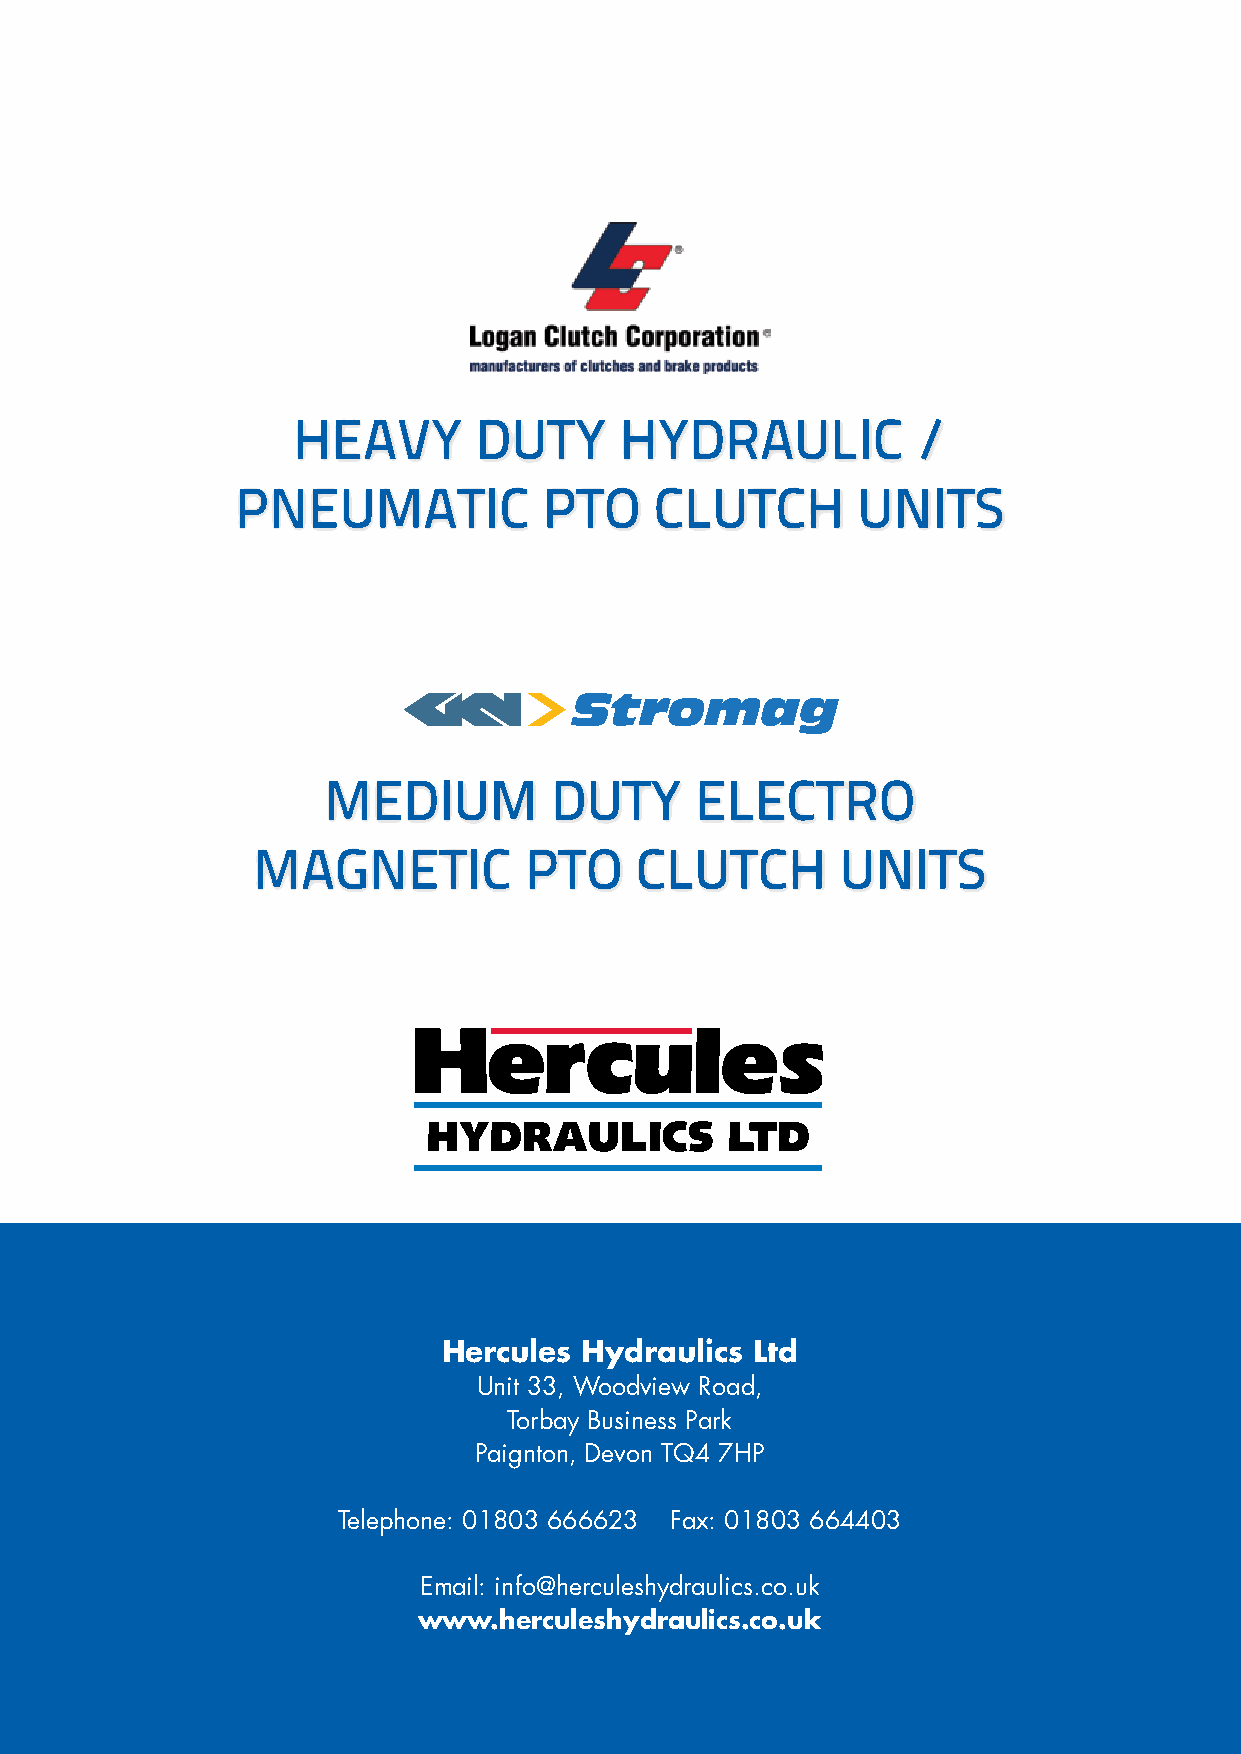
Heavy       Duty      HyDraulic           /
 Pneumatic           PtO    clutcH        units
 meDium         Duty      electrO
 magnetic          PtO    clutcH        units
 hercules hydraulics  ltd
 Unit 33, Woodview Road,
 Torbay Business Park
 Paignton, Devon TQ4 7HP
 Telephone: 01803 666623 Fax: 01803 664403
 email: info@herculeshydraulics.co.uk
 www.herculeshydraulics.co.uk